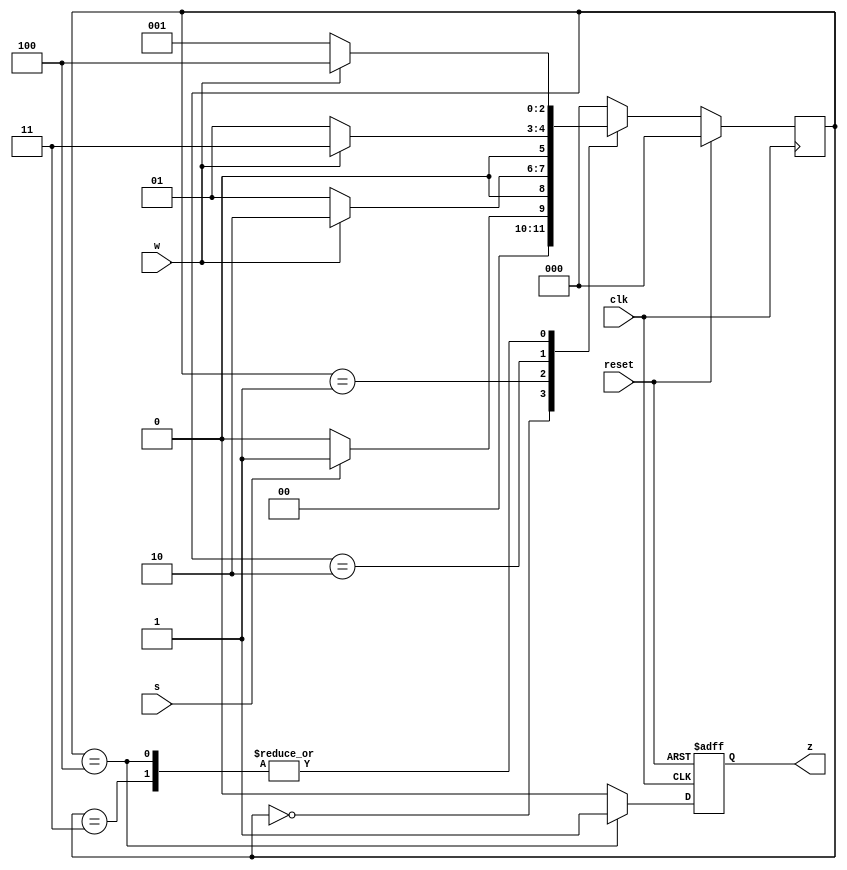
module top_module (
    input clk,
    input reset,   // Synchronous reset
    input s,
    input w,
    output reg z
);

reg [2:0] state;
localparam A = 3'd0;
localparam B = 3'd1;
localparam C = 3'd2;
localparam D = 3'd3;
localparam E = 3'd4;

always @(posedge clk ) begin
    if(reset) begin
        state <= A;
    end
    else begin
        case(state)
            A: begin
                if(s == 0)  state <= A;
                else if(s == 1) state <= B;
            end
            B: begin
                if(w == 0)  state <= B;
                else if(w == 1) state <= C;
            end
            C: begin
                if(w == 0)  state <= B;
                else if(w == 1) state <= D;
            end
            D: begin
                if(w == 0)  state <= B;
                else if(w == 1) state <= E;
            end
            E: begin
                if(w == 0)  state <= B;
                else if(w == 1) state <= E;
            end
            default: state <= A;
        endcase
    end
end


always @(posedge clk or posedge reset) begin
    if(reset) begin
        z <= 1'b0;
    end
    else begin
        if(state == E)  z <= 1'b1;
        else z <= 1'b0;
    end
end

endmodule